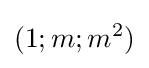
(1;m;m^{2})